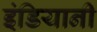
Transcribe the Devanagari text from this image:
इंडियानी